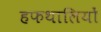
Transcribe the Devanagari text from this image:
हफथालियों